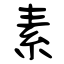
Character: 素